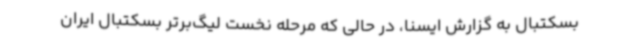
بسکتبال به گزارش ایسنا، در حالی که مرحله نخست لیگ‌برتر بسکتبال ایران